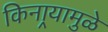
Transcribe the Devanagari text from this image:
किनार्‍यामुळे